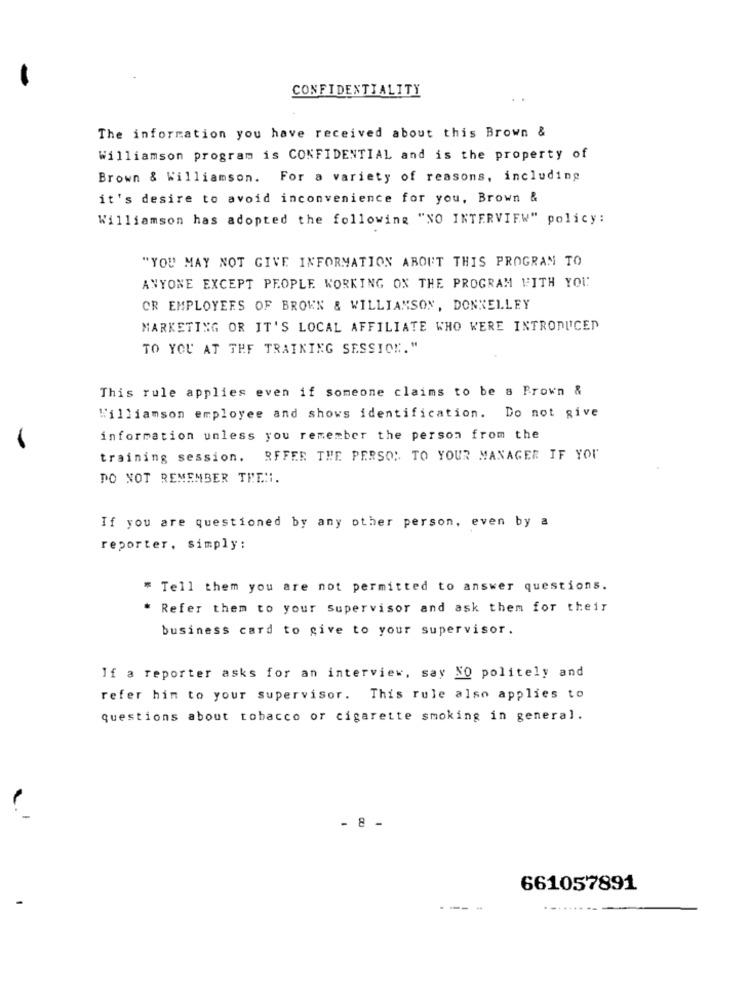
CONFIDENTIALITY
..
The information you have received about this Brown &
Williamson program is CONFIDENTIAL and is the property of
Brown & Williamson. For a variety of reasons, including
it's desire to avoid inconvenience for you, Brown &
Williamson has adopted the following "NO INTERVIEW" policy:
"YOU MAY NOT GIVE INFORMATION ABOUT THIS PROGRAM TO
ANYONE EXCEPT PEOPLE WORKING ON THE PROGRAM WITH YOU
OR EMPLOYEES OF BROWN & WILLIAMSON, DONNELLEY
MARKETING OR IT'S LOCAL AFFILIATE WHO WERE INTRODUCED
TO YOU AT THE TRAINING SESSION."
This rule applies even if someone claims to be a Prown &
Williamson employee and shows identification. Do not give
information unless you remember the person from the
training session. RFFER THE PERSON TO YOUR MANAGER IF YOU
DO NOT REMEMBER TREN.
If you are questioned by any other person, even by a
reporter, simply:
* Tell them you are not permitted to answer questions.
Refer them to your supervisor and ask them for their
business card to give to your supervisor.
If a reporter asks for an interview, say NO politely and
refer him to your supervisor. This rule also applies to
questions about tobacco or cigarette smoking in general.
- 8 -
661057891